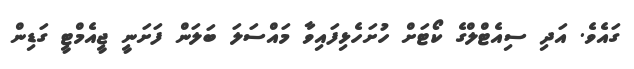
ގައެވެ. އަދި ސިއެޓްލްގެ ކޯޓަށް ހުށަހެޅިފައިވާ މައްސަލަ ބަލަން ފަށަނީ ޖީއެމްޓީ ގަޑިން